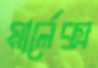
মার্লেক্স